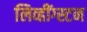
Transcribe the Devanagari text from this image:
लिव्हींग्स्टन